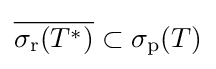
{\overline {\sigma _{\mathrm {r} }(T^{*})}}\subset \sigma _{\mathrm {p} }(T)